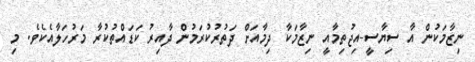
ނިޒާމަކުން އާ ސިޔާސީ-އިޖުތިމާއީ ނިޒާމަކާ ދިމާއަށް ދަތުރުކުރަމުން ދާއިރު ކަޑައްތުކުރާ މަރުހަލާއެކެވެ. މި